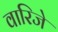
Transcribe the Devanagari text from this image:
वारिजे